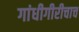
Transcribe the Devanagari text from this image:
गांधीगीरीचाच